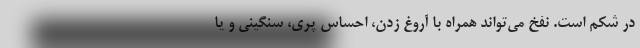
در شکم است. نفخ می‌تواند همراه با آروغ زدن، احساس پُری، سنگینی و یا